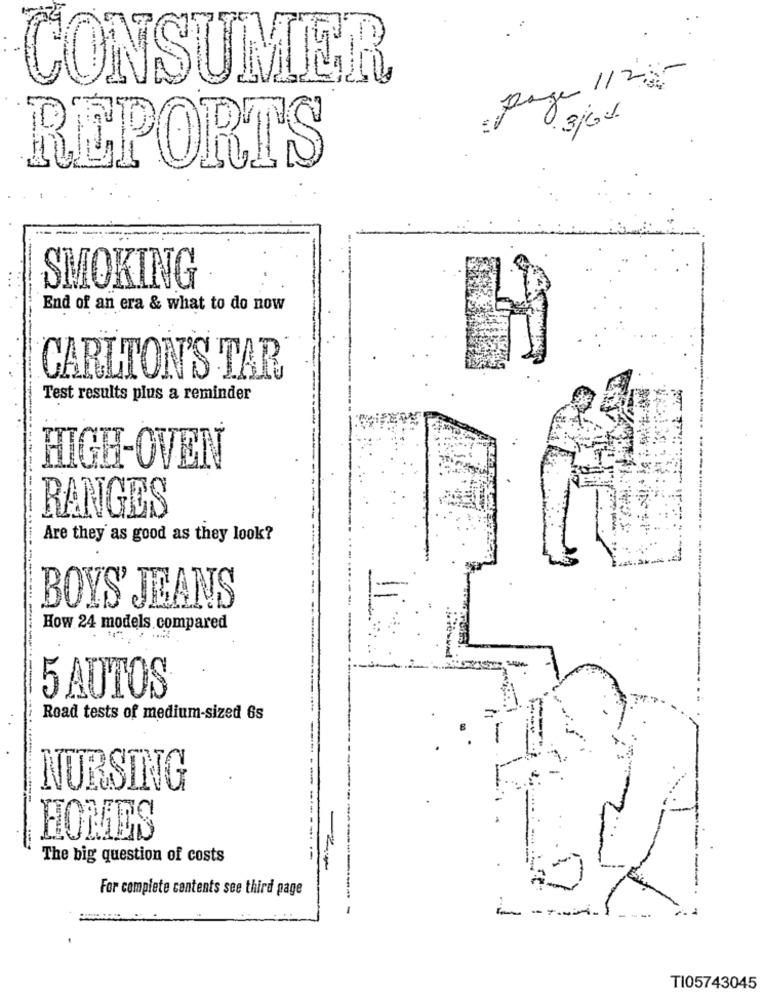
CONSUMER
page 1122
3/61
REPORTS
SMOKING
End of an era & what to do now
CARLTON'S TAR
Test results plus a reminder
HIGH-OVEN
----
RANGES
Are they as good as they look?
BOYS' JEANS
How 24 models, compared
5 AUTOS
Road tests of medium-sized 6s
NURSING
HOMES
The big question of costs
For complete contents see third page
-
------
---.
TI05743045